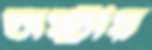
অস্ট্রীয়